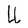
Character: U